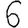
Digit: 6